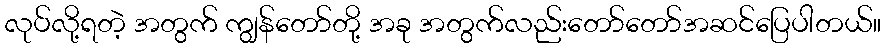
လုပ်လို့ရတဲ့ အတွက် ကျွန်တော်တို့ အခု အတွက်လည်းတော်တော်အဆင်ပြေပါတယ်။